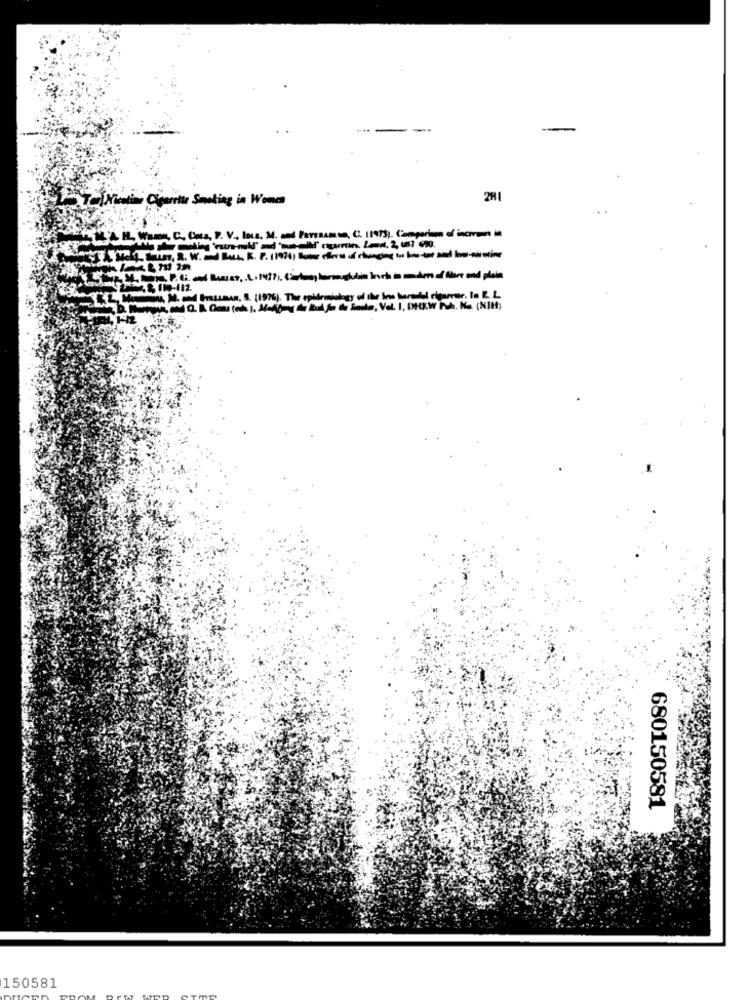
-
Centime Cigarette Smoking in Women
281
NAH, Wann, C. Coca, P. V ., Inte, M. and Porrasmon, C. 11973). Comparison of incivan in
, M. framu. S. (1976). The epidemiology of the ins harmeldt cigarrer. In L. L.
680150581
150581